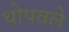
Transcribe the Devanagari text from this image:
थोपवले